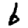
Digit: 6